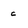
Character: c